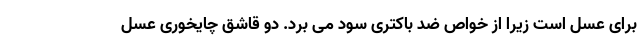
برای عسل است زیرا از خواص ضد باکتری سود می برد. دو قاشق چایخوری عسل